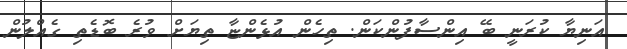
އަނިޔާ ކުރަނީ ބޭ އިންސާފުންކަން. ތިހެން އުޅެންޏާ ތިޔަށް ވުރެ ބޮޑެތި ގެއްލުން